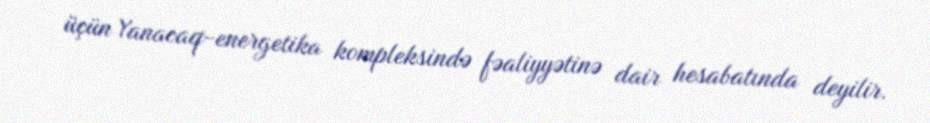
üçün Yanacaq-energetika kompleksində fəaliyyətinə dair hesabatında deyilir.